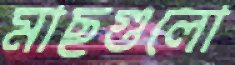
মাছগুলো